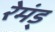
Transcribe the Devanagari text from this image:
रेमंड्